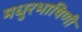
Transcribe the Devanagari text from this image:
मधुरभाषिणी